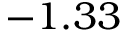
- 1 . 3 3